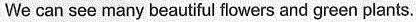
We can see many beautiful flowers and green plants.